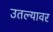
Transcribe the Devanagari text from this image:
उतल्यावर